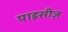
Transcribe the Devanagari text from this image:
पाइसीज़